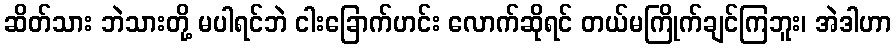
ဆိတ်သား ဘဲသားတို့ မပါရင်ဘဲ ငါးခြောက်ဟင်း လောက်ဆိုရင် တယ်မကြိုက်ချင်ကြဘူး၊ အဲဒါဟာ